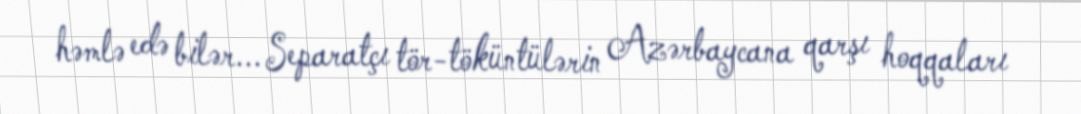
həmlə edə bilər... Separatçı tör-töküntülərin Azərbaycana qarşı hoqqaları